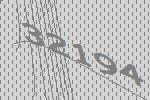
32194